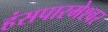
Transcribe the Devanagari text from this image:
हंसपारमेश्वर